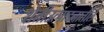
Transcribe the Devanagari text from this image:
शेतीउत्पादनातील